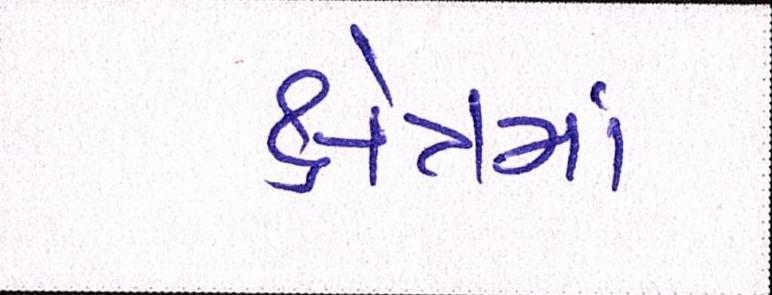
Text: ક્ષેત્રમાં